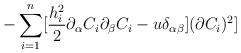
LaTeX: \begin{align*}-\sum _{i=1}^{n}[\frac{h_{i}^{2}}{2}\partial_{\alpha} C_{i}\partial_{\beta} C_{i}-u\delta_{\alpha \beta}](\partial C_{i})^{2}] \end{align*}